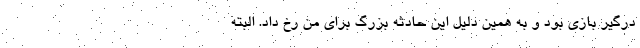
درگیر بازی بود و به همین دلیل این حادثه بزرگ برای من رخ داد. البته